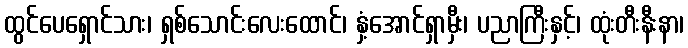
ထွင်ပေရှောင်သား၊ ရှစ်သောင်းလေးထောင်၊ နှံ့အောင်ရှာမှီး၊ ပညာကြီးနှင့်၊ ထုံးတီးနီးနာ၊